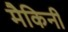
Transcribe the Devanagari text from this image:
मैकिनी